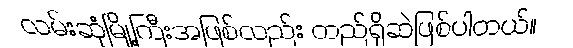
လမ်းဆုံမြို့ကြီးအဖြစ်လည်း တည်ရှိဆဲဖြစ်ပါတယ်။